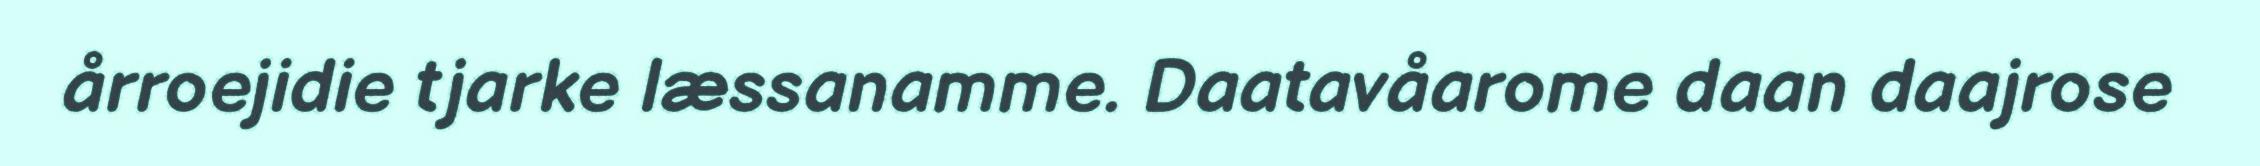
årroejidie tjarke læssanamme. Daatavåarome daan daajrose